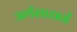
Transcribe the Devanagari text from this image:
अर्थशास्त्रमें